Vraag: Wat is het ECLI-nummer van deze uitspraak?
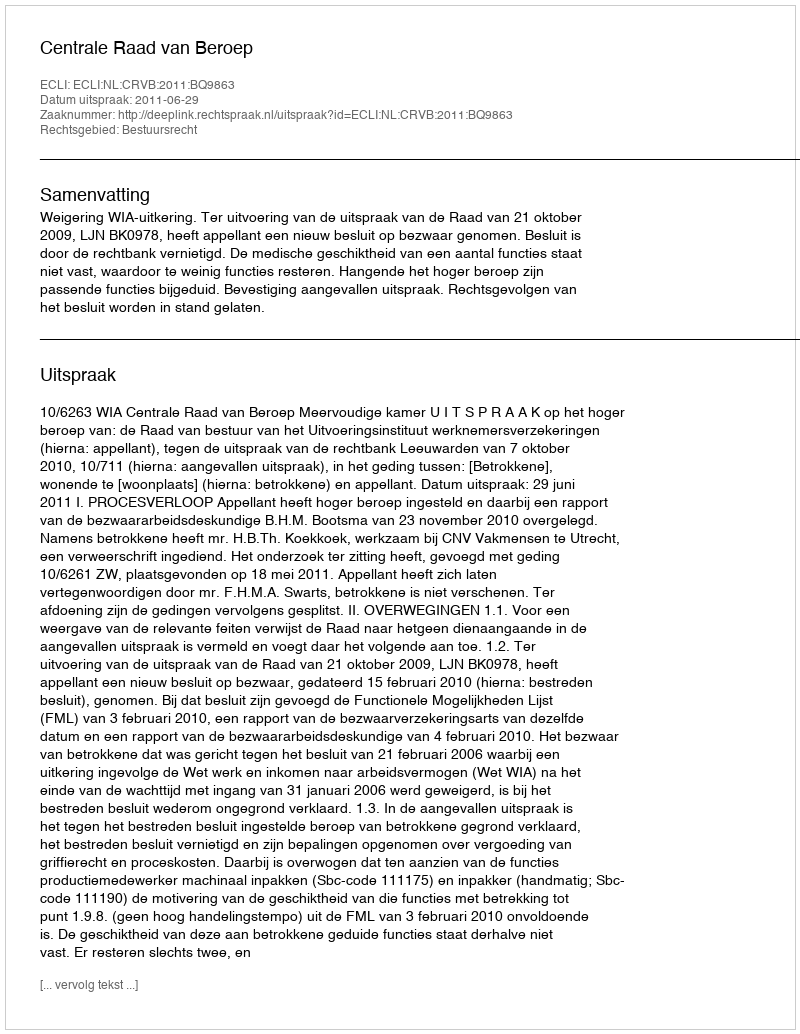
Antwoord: ECLI:NL:CRVB:2011:BQ9863